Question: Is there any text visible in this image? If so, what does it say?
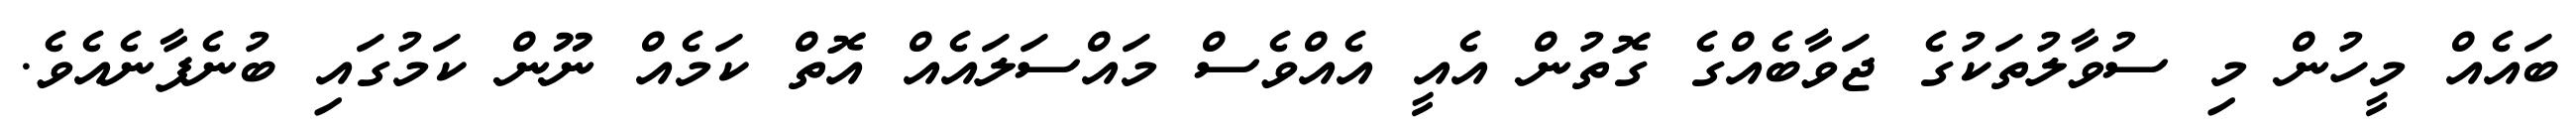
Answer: ބައެއް މީހުން މި ސުވާލުތަކުގެ ޖަވާބެއްގެ ގޮތުން އެއީ އެއްވެސް މައްސަލައެއް އޮތް ކަމެއް ނޫން ކަމުގައި ބުނެފާނެއެވެ.